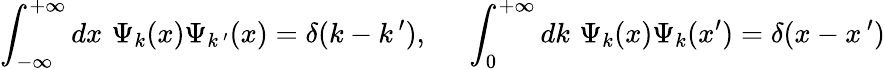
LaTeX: \int_{-\infty}^{+\infty}dx\, \, \Psi_{k}(x)\Psi_{k\, ^{\prime}}(x)=\delta(k-k\, ^{\prime}),~~~~~\int_{0}^{+\infty}dk\, \, \Psi_{k}(x)\Psi_{k}(x^{\prime})=\delta(x-x\, ^{\prime})